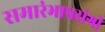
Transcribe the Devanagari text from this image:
समारंभाप्रसंगी